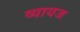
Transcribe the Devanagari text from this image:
व्‍यायज